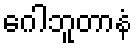
ဂေါဘူတာနံ